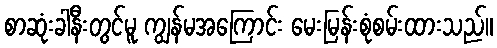
စာဆုံးခါနီးတွင်မူ ကျွန်မအကြောင်း မေးမြန်းစုံစမ်းထားသည်။